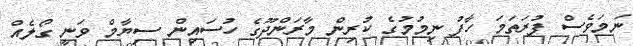
ނަމަވެސް ފުރަތަމަ ހާފު ނިމުމުގެ ކުރިން މާރަންދޫގެ ހުސައިން ސިޔާމް ވަނީ ގޯލެއް